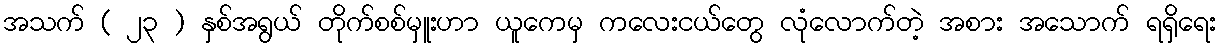
အသက် ( ၂၃ ) နှစ်အရွယ် တိုက်စစ်မှူးဟာ ယူကေမှ ကလေးငယ်တွေ လုံလောက်တဲ့ အစား အသောက် ရရှိရေး